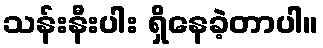
သန်းနီးပါး ရှိနေခဲ့တာပါ။